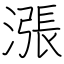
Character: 漲